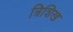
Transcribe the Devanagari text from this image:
त्रिशिख